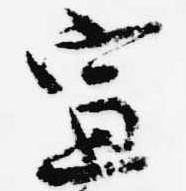
宣